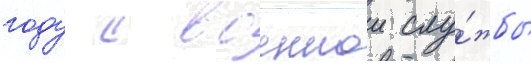
году с военнои слу́жбы